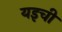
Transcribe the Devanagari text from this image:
यइची